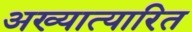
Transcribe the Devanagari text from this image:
अख्यात्यारित